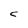
Character: C